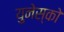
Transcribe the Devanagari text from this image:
युनेस्‍को